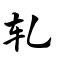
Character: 轧